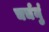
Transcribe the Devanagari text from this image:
चर्चनुं